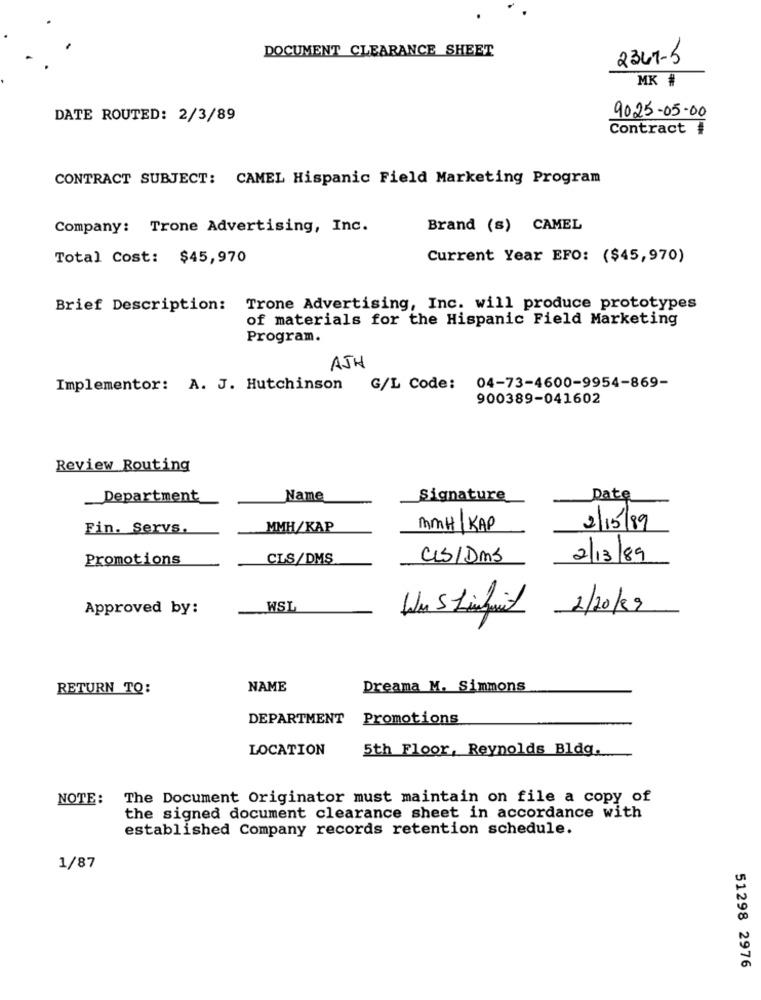
DOCUMENT CLEARANCE SHEET
2347-5
MK #
DATE ROUTED: 2/3/89
9025-05-00
Contract #
CONTRACT SUBJECT: CAMEL Hispanic Field Marketing Program
Company: Trone Advertising, Inc.
Brand (s) CAMEL
Total Cost: $45,970
Current Year EFO: ($45,970)
Brief Description: Trone Advertising, Inc. will produce prototypes
of materials for the Hispanic Field Marketing
Program.
AJH
Implementor: A. J. Hutchinson
G/L Code: 04-73-4600-9954-869-
900389-041602
Review Routing
Department
Name
Signature
Date
Fin. Servs,
MMH/KAP
MMH| KAP
2/15/89
Promotions
CLS/DMS
CLS/DMS
2/13/89
Approved by:
WSL
2/20/89
RETURN TO:
NAME
Dreama M. Simmons
DEPARTMENT
Promotions
LOCATION
5th Floor, Reynolds Bldg.
NOTE:
The Document Originator must maintain on file a copy of
the signed document clearance sheet in accordance with
established Company records retention schedule.
1/87
51298 2976